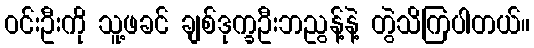
ဝင်းဦးကို သူ့ဖခင် ချစ်ဒုက္ခဦးဘညွန့်နဲ့ တွဲသိကြပါတယ်။